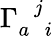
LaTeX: \Gamma_{a\; \; i}^{\; \; j}